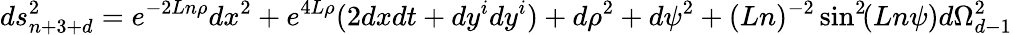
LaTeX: ds_{n+3+d}^{2}=e^{-2Ln\rho}dx^{2}+e^{4L\rho}(2dxdt+dy^{i}dy^{i})+d\rho^{2}+d\psi^{2}+(Ln)^{-2}\sin^{2}\! (Ln\psi)d\Omega_{d-1}^{2}